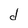
Character: d